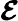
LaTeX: \boldsymbol{\mathcal{E}}